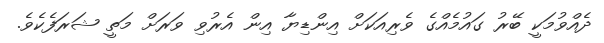
ދެއްވުމަކީ ބޭރު ގައުމެއްގެ ވެރިއަކަށް އިންޑިޔާ އިން އެރުވި ވަރަށް މަތީ ޝަރަފެކެވެ.